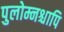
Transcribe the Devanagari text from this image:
पुलोम्नश्चापि